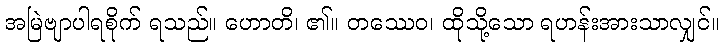
အမြဲဗျာပါရစိုက် ရသည်။ ဟောတိ၊ ၏။ တဿေဝ၊ ထိုသို့သော ရဟန်းအားသာလျှင်။